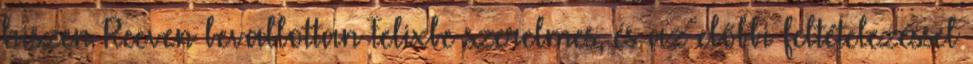
hiszen Reeven bevallottan Felixbe szerelmes, és az előbbi feltételezéssel